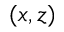
( x , z )